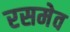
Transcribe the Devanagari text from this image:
रसमेव